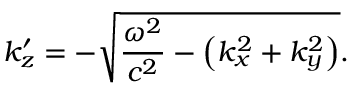
k _ { z } ^ { \prime } = - { \sqrt { { \frac { \omega ^ { 2 } } { c ^ { 2 } } } - \left( k _ { x } ^ { 2 } + k _ { y } ^ { 2 } \right) } } .